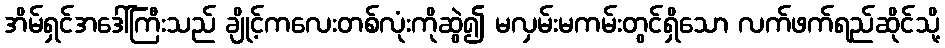
အိမ်ရှင်အဒေါ်ကြီးသည် ချိုင့်ကလေးတစ်လုံးကိုဆွဲ၍ မလှမ်းမကမ်းတွင်ရှိသော လက်ဖက်ရည်ဆိုင်သို့